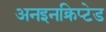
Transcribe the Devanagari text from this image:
अनइनक्रिप्टेड